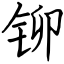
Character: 铆